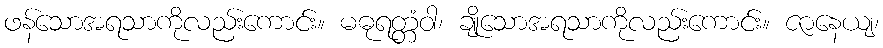
ဖန်သောအရသာကိုလည်းကောင်း။ မဓုရတ္တံဝါ၊ ချိုသောအရသာကိုလည်းကောင်း။ ဇာနေယျ၊